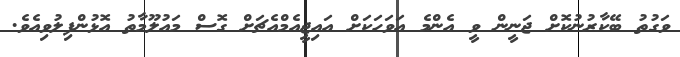
ވަގުތު ބޭކާރުނުކޮށް ޖަނީން ވީ އެންމެ އަވަހަކަށް އައިޖީއެމްއެޗަށް ގޮސް މައުލޫމާތު އޮޅުންފިލުވިއެވެ.